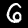
Digit: 6